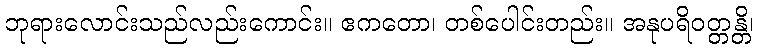
ဘုရားလောင်းသည်လည်းကောင်း။ ဧကတော၊ တစ်ပေါင်းတည်း။ အနုပရိဝတ္တန္တိ၊